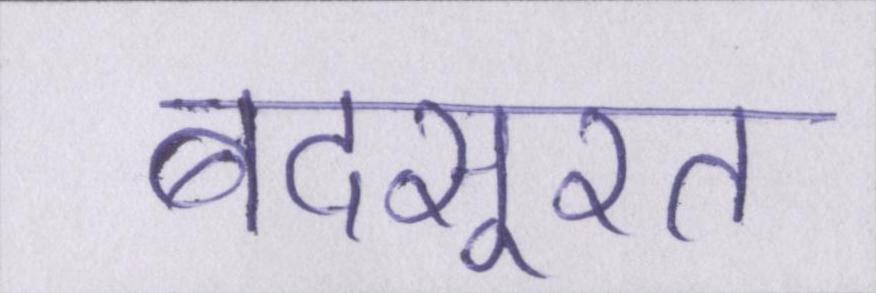
बदसूरत